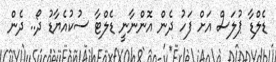
ޑެލްޑާ ޕުލަަސް އަށް ފަހު ދެން އޮންނާނީ ޑެލްޓާ ސުކުއެޔާޑު ދޯ.. ދެން